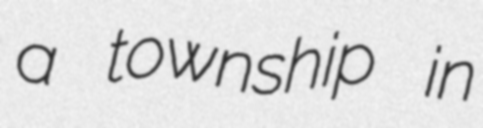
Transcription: a township in